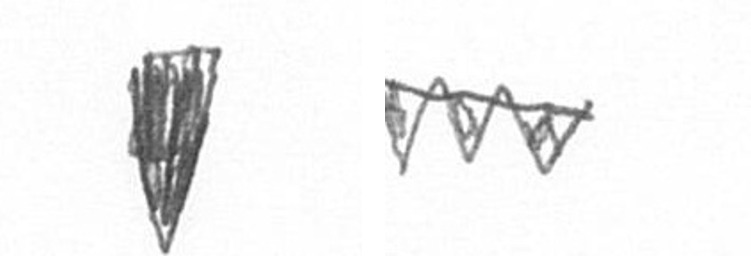
J L